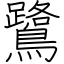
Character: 鷺